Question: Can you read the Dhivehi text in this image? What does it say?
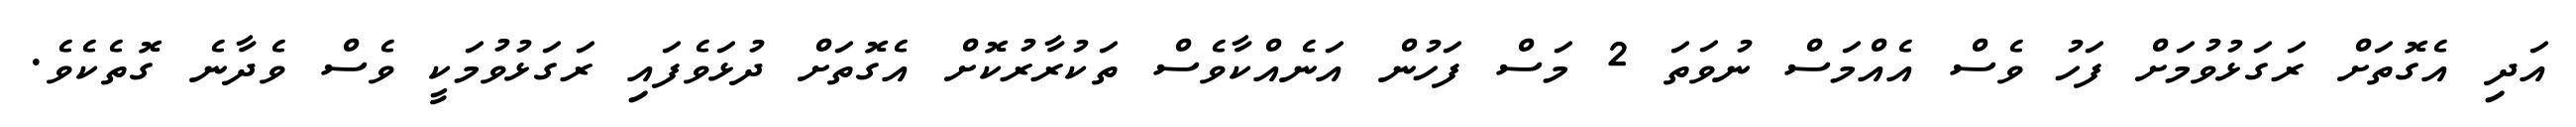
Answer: އަދި އެގޮތަށް ރަގަޅުވުމަށް ފަހު ވެސް އެއްމަސް ނުވަތަ 2 މަސް ފަހުން އަނެއްކާވެސް ތަކުރާރުކޮށް އެގޮތަށް ދުޅަވެފައި ރަގަޅުވުމަކީ ވެސް ވެދާނެ ގޮތެކެވެ.